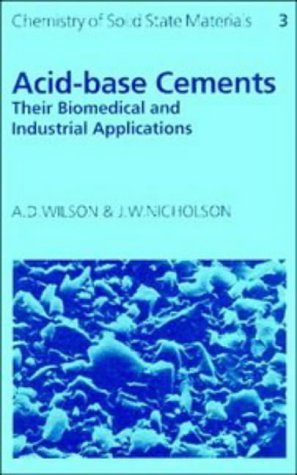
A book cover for Acid-Base Cements: Their Biomedical and Industrial Applications (Chemistry of Solid State Materials); Alan D. Wilson; Medical Books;